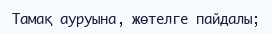
Тамақ ауруына, жөтелге пайдалы;